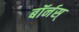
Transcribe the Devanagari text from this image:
बॉर्नस्